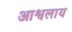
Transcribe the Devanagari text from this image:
आश्वलाय